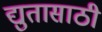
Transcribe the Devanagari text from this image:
द्युतासाठी